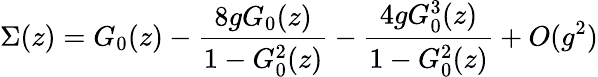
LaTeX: \Sigma(z)=G_{0}(z)-{\frac{8gG_{0}(z)}{1-G_{0}^{2}(z)}}-{\frac{4gG_{0}^{3}(z)}{1-G_{0}^{2}(z)}}+O(g^{2})